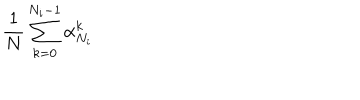
{ \frac { 1 } { N } } \sum _ { k = 0 } ^ { N _ { i } - 1 } \alpha _ { N _ { i } } ^ { k }